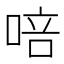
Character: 㖣